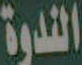
الندوة